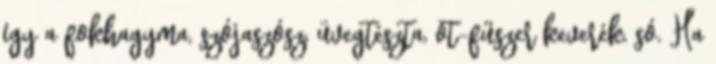
így a fokhagyma, szójaszósz, üvegtészta, öt-fűszer keverék, só. Ha